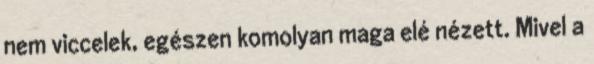
nem viccelek, egészen komolyan maga elé nézett. Mivel a